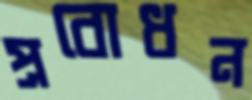
প্রবোধন